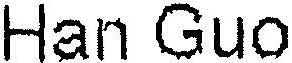
HAN GUO